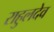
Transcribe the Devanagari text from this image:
राहुलदेव